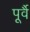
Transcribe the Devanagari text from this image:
पूर्वै